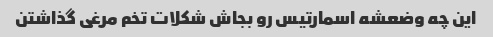
این چه وضعشه اسمارتیس رو بجاش شکلات تخم مرغی گذاشتن